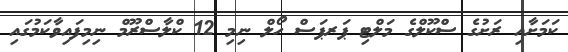
ކަމަށާއި ރަށުގެ ސްކޫލްގެ މަލްޓި ޕަރޕަސް ހޯލް ނިމި 12 ކްލާސްރޫމް ނިމިފައިވާކަމުގައި